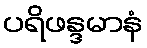
ပရိဖန္ဒမာနံ